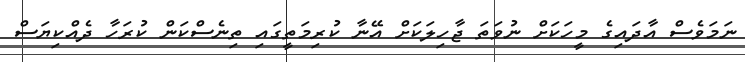
ނަމަވެސް އާދައިގެ މީހަކަށް ނުވަތަ ޖާހިލަކަށް އޭނާ ކުރިމަތީގައި ތިނެސްކަން ކުރަހާ ދެއްކިޔަސް